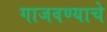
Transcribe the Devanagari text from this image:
गाजवण्याचे